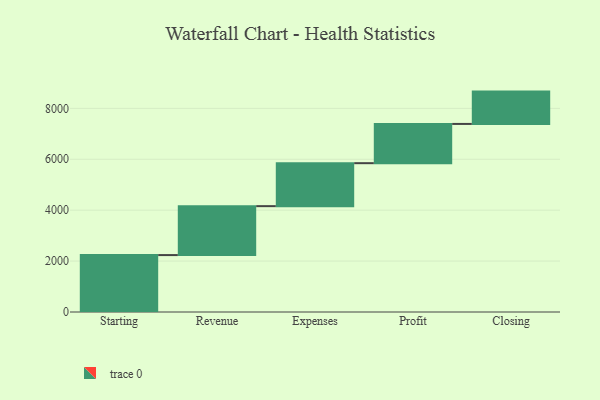
{"axis": {"x": "Step", "y": "Value"}, "legend": [""], "data": [{"x": "Starting", "y": 2236.0, "type": ""}, {"x": "Revenue", "y": 1922.0, "type": ""}, {"x": "Expenses", "y": 1688.0, "type": ""}, {"x": "Profit", "y": 1542.0, "type": ""}, {"x": "Closing", "y": 1270.0, "type": ""}]}